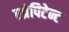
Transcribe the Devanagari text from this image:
एप्रेपिटेन्ट